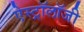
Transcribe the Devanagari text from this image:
ऐस्ट्रॉलॉजी